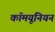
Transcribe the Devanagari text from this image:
कॉमयूनियन